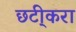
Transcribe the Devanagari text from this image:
छटी्करा